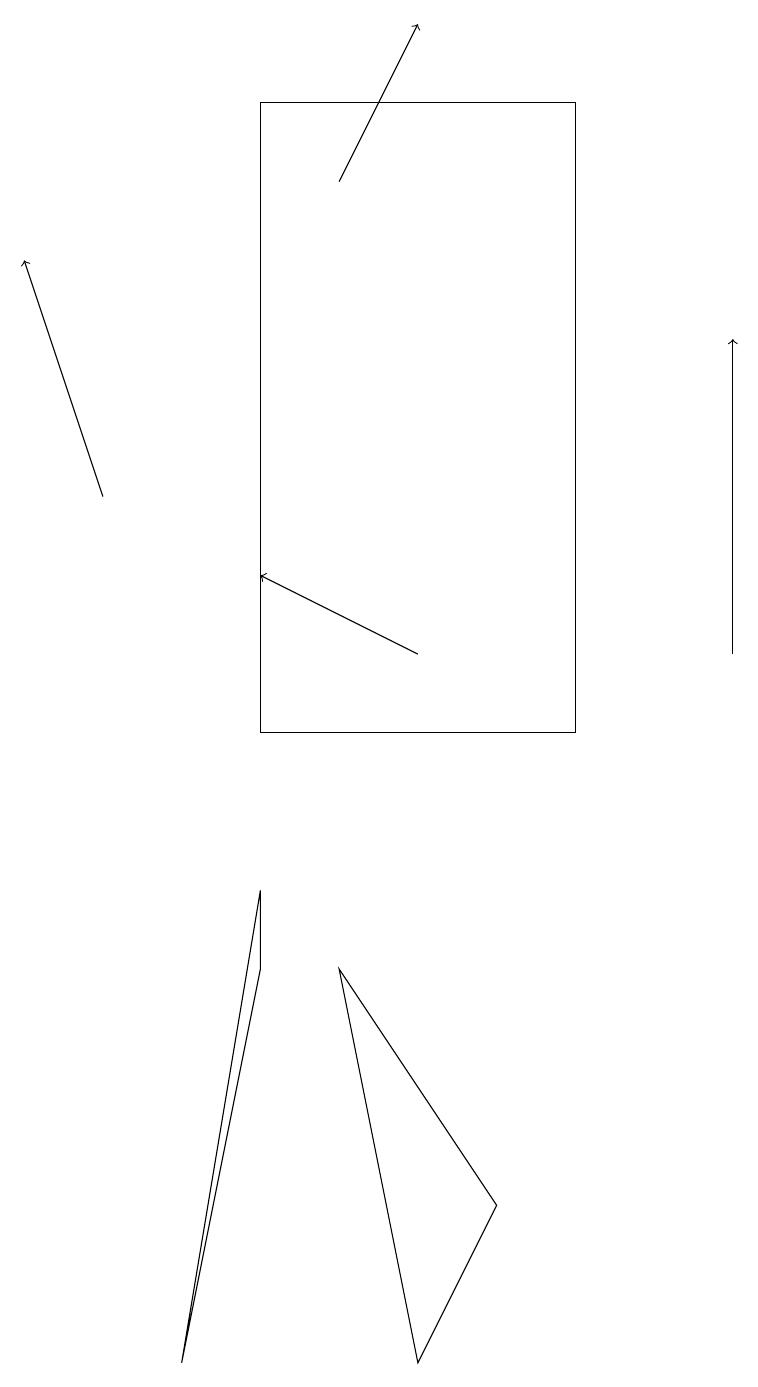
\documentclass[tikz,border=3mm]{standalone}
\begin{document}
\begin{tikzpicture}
\draw[->] (5,11) -- (3,12);
\draw (3,7) -- (3,8) -- (2,2) -- cycle;
\draw (4,7) -- (5,2) -- (6,4) -- cycle;
\draw[->] (1,13) -- (0,16);
\draw (7,18) rectangle (3,10);
\draw[->] (4,17) -- (5,19);
\draw[->] (9,11) -- (9,15);
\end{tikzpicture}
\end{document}